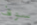
سوف